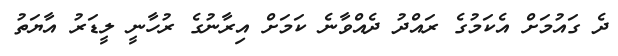
ދެ ގައުމަށް އެކަމުގެ ރައްދު ދެއްވާނެ ކަމަށް އިރާނުގެ ރުހާނީ ލީޑަރު އާޔަތު